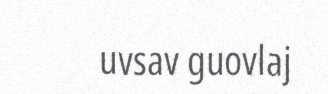
uvsav guovlaj